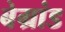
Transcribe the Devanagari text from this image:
बेग्रांड